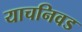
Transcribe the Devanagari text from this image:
याचनिवड